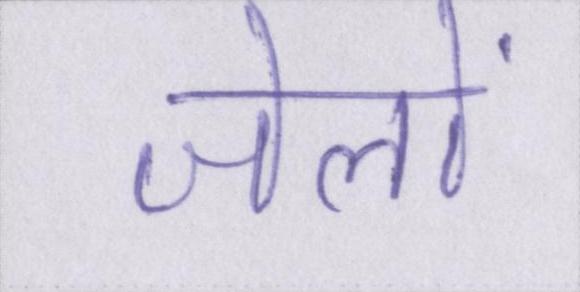
जेलों